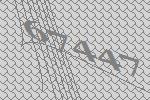
67447